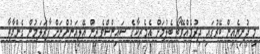
މި ދުނިޔެއިން ބޭރުގައި ދިރުމެއްވޭތޯ ބެލުމަށް އެމެރިކާގެ ސައިންސްވެރިން އޭލިއަނުންނަށް ފާރަލަމުން ގެންދާތާ